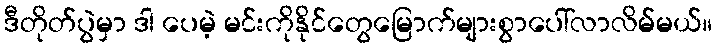
ဒီတိုတ်ပွဲမှာ ဒါ ပေမဲ့ မင်းကိုနိုင်တွေမြောက်များစွာပေါ်လာလိမ်မယ်။